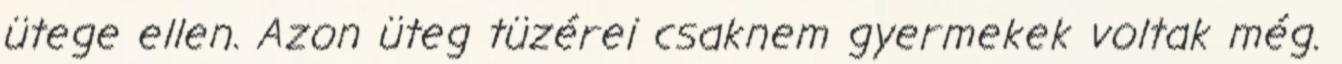
ütege ellen. Azon üteg tüzérei csaknem gyermekek voltak még.